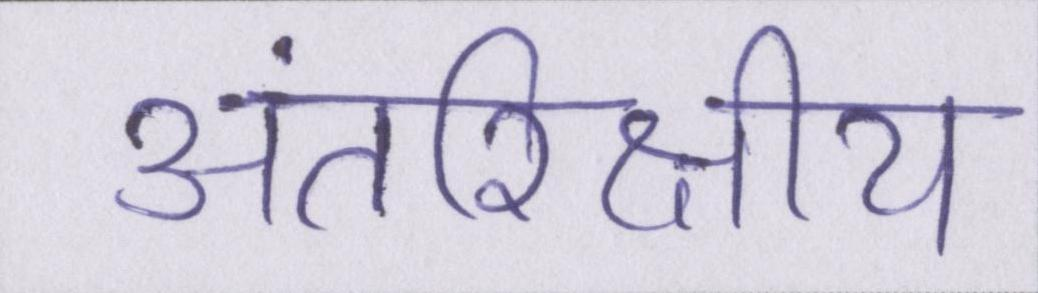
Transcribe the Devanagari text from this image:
अंतरिक्षीय